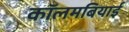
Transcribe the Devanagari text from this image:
कॉलमबियाई